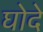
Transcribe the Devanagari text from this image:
घोदे